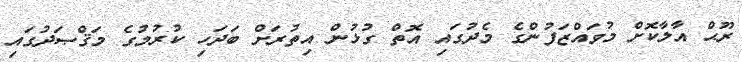
ރޫޙް އާލާކޮށް މުވައްޒަފުންގެ މެދުގައި އޮތް ގުޅުން އިތުރަށް ބަދަހި ކުރުމުގެ މަޤްޞަދުގައި